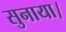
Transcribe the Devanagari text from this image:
सुनाया।